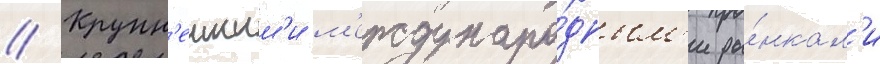
// Крупн'еишим'и м'еждунаро́дным'и ры́нкам'и